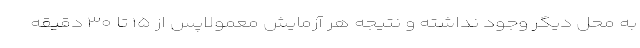
به محل دیگر وجود نداشته و نتیجه هر آزمایش معمولاپس از ۱۵ تا ۳۰ دقیقه